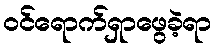
ဝင်ရောက်ရှာဖွေခဲ့ရာ